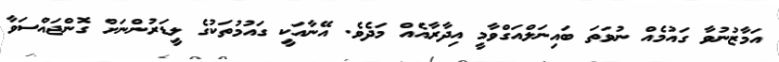
އަމާޒުނުވާ ގައުމެއް ނުވަތަ ބައިނަލްއަގްވާމީ އިދާރާއެއް މަދެވެ. އޭނާއަކީ ގައުމުތަކުގެ ލީޑަރުންނަށް ގޮންޖައްސަވާ